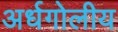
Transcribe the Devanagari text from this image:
अर्धगोलीय